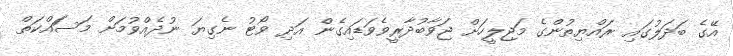
އޭގެ ބަދަލުގައި ރައްޔިތުންގެ މަޖިލީހަށް ޖަވާބުދާރީވެވަޑައިގެން އަދި ވޯޓު ނެގިޔަ ނުދެއްވުމަށް މަސަައްކަތް